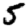
Digit: 5